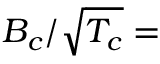
B _ { c } / \sqrt { T _ { c } } =